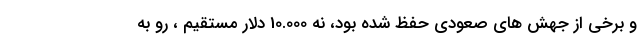
و برخی از جهش های صعودی حفظ شده بود، نه 10.000 دلار مستقیم ، رو به